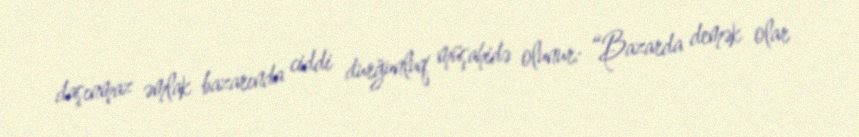
daşınmaz əmlak bazarında ciddi durğunluq müşahidə olunur: “Bazarda demək olar